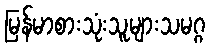
မြန်မာစားသုံးသူများသမဂ္ဂ